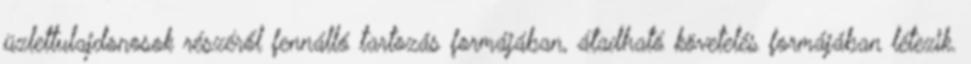
üzlettulajdonosok részéről fennálló tartozás formájában, átadható követelés formájában létezik.